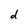
Character: d